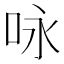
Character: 咏